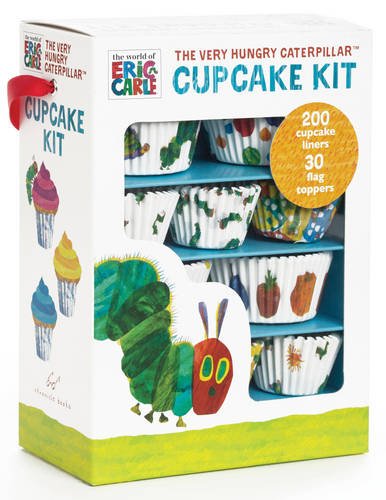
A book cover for The World of Eric Carle(TM) The Very Hungry Caterpillar(TM) Cupcake Kit; Chronicle Books; Children's Books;